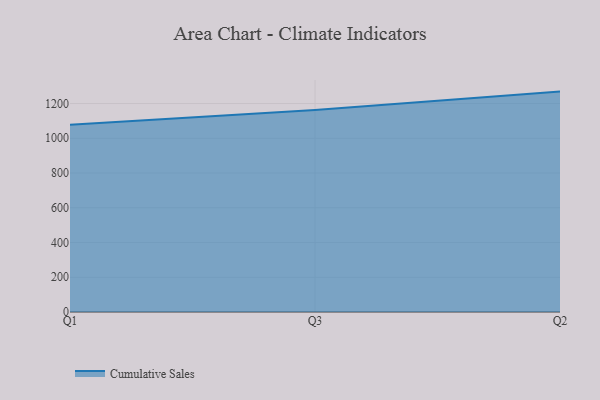
{"axis": {"x": "Quarter", "y": "Backlog"}, "legend": ["Cumulative Sales"], "data": [{"x": "Q1", "y": 1078.0, "type": "Cumulative Sales"}, {"x": "Q3", "y": 1163.0, "type": "Cumulative Sales"}, {"x": "Q2", "y": 1268.8, "type": "Cumulative Sales"}]}